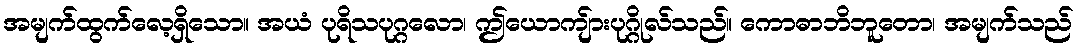
အမျက်ထွက်လေ့ရှိသော။ အယံ ပုရိသပုဂ္ဂလော၊ ဤယောကျ်ားပုဂ္ဂိုလ်သည်။ ကောဓာဘိဘူတော၊ အမျက်သည်